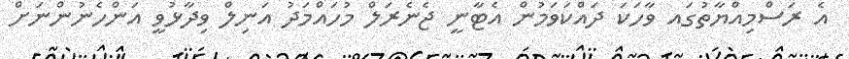
އެ ރަސްމިއްޔާތުގައ ވާހަކަ ދައްކަވަމުން އެޓާނީ ޖެނެރަލް މުހައްމަދު އަނިލް ވިދާޅުވީ އަންހެނުންނަށް